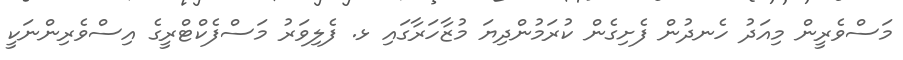
މަސްވެރީން މިއަދު ހެނދުން ފެށިގެން ކުރަމުންދިޔަ މުޒާހަރާގައި ޅ. ފެލިވަރު މަސްފެކްޓްރީގެ އިސްވެރިންނަކީ